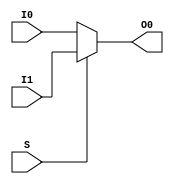
`timescale 1ns / 1ps
//////////////////////////////////////////////////////////////////////////////////
// Company: 
// Engineer: 
// 
// Design Name: 
// Module Name: MUX2T1_32
// Project Name: 
// Target Devices: 
// Tool Versions: 
// Description: 
// 
// Dependencies: 
// 
// Revision:
// Revision 0.01 - File Created
// Additional Comments:
// 
//////////////////////////////////////////////////////////////////////////////////


module MUX2T1_32(
    input [31:0] I0,
    input [31:0] I1,
    input S,
    output [31:0] O0
    );
    assign O0 = S ? I1:I0;
endmodule